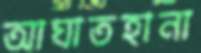
আঘাতহানা